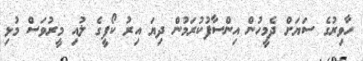
ހާވިރުގެ ސަޔަށް ދެމީހުން އިންސާފުކުރަމުން ދިޔަ އިރު ކޯފީގެ ލުއި މީރުވަސް މުޅި